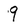
Character: 9